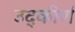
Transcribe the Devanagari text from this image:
उद्कीर्ण